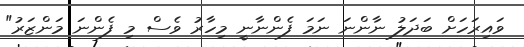
ވައިރަހަށް ބަދަލު ނާންނަ ނަމަ ފެންނާނީ މިހާރު ވެސް މި ފެންނަ މަންޒަރު"